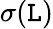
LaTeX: \sigma(\mathtt{L})